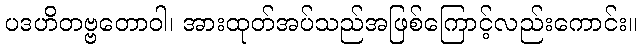
ပဒဟိတဗ္ဗတောဝါ၊ အားထုတ်အပ်သည်အဖြစ်ကြောင့်လည်းကောင်း။